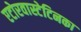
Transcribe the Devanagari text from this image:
एटोरवास्टेटिनका